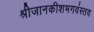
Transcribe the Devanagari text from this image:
श्रीजानकीशभगवंस्तव